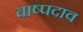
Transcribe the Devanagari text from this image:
वाष्पदाव